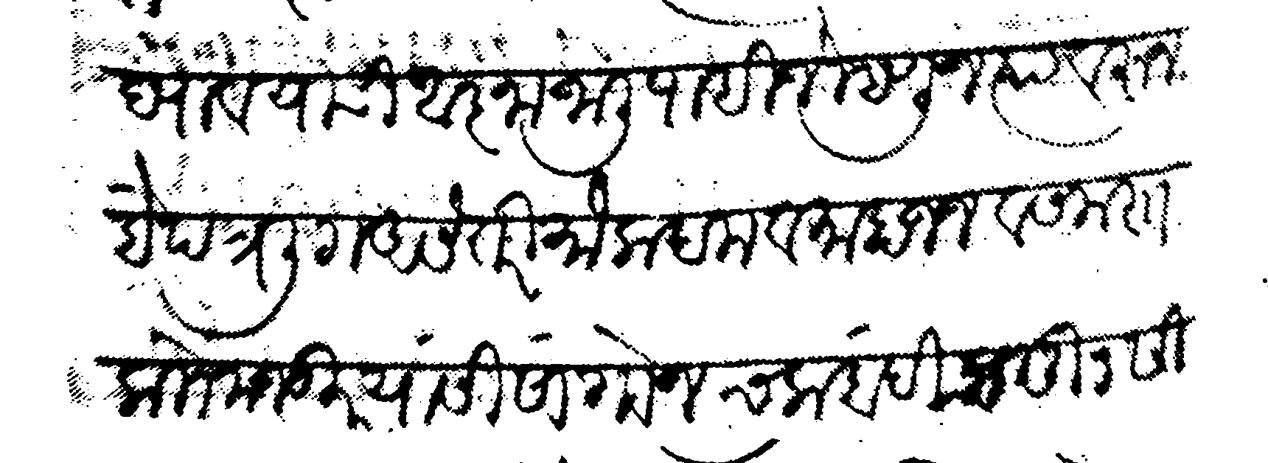
Transliteration (Devanagari): द्यावयाची आज्ञा जाली पाहिजे म्हणून त्यावरून हे पत्र लि असे तरी मोकदम व माहाजन व समस्त काो मजकूर यांसी सांगोन चकबंदी चतुसी